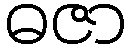
ဓဇာ